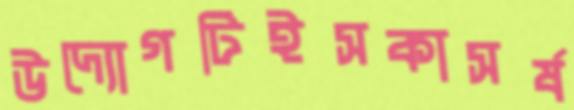
উদ্যোগটিইসকাসর্ষ